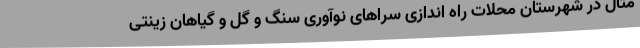
مثال در شهرستان محلات راه اندازی سراهای نوآوری سنگ و گل و گیاهان زینتی